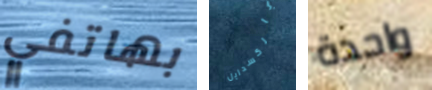
بهاتفي باركسدايل واحدة